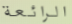
الرائعة